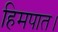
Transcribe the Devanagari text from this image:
हिमपात।